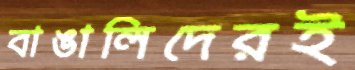
বাঙালিদেরই